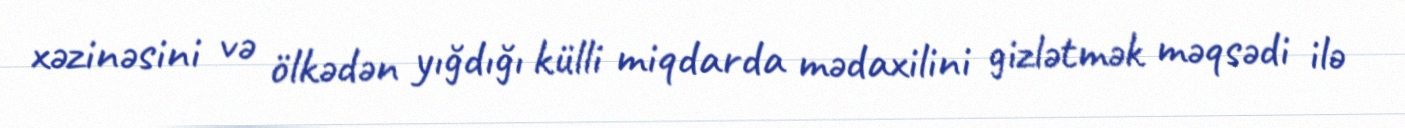
xəzinəsini və ölkədən yığdığı külli miqdarda mədaxilini gizlətmək məqsədi ilə